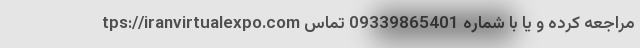
tps://iranvirtualexpo.com مراجعه کرده و یا با شماره 09339865401 تماس